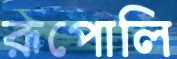
রূপোলি